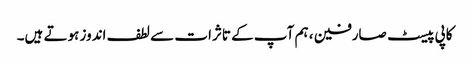
کاپی پیسٹ صارفین ، ہم آپ کے تاثرات سے لطف اندوز ہوتے ہیں۔